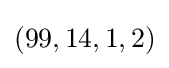
(99,14,1,2)